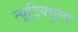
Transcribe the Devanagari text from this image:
न्यूट्रिक्युला